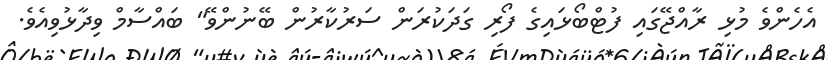
އެހެންވެ މުޅި ރާއްޖޭގައި ފުޓްބޯޅައިގެ ފޯރި ގަދަކުރަން ސަރުކާރުން ބޭނުންވޭ" ބައްސާމް ވިދާޅުވިއެވެ.